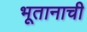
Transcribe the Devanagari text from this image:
भूतानाची